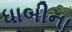
ધાબીના